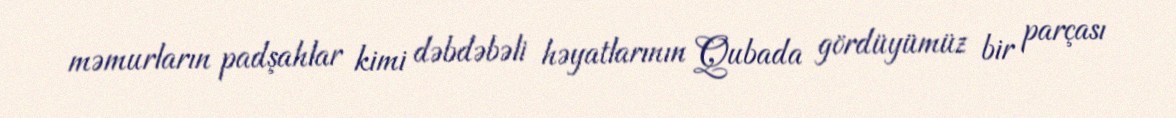
məmurların padşahlar kimi dəbdəbəli həyatlarının Qubada gördüyümüz bir parçası